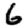
Digit: 6